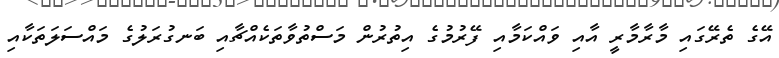
އޭގެ ތެރޭގައި މާރާމާރީ އާއި ވައްކަމާއި ފޭރުމުގެ އިތުރުން މަސްތުވާތަކެއްޗާއި ބަނގުރަލުގެ މައްސަލަތަކާއި